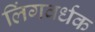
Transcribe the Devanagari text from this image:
लिंगवर्धक